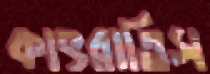
কাৎরাতিস